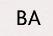
BA